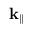
\mathbf { k } _ { | | }